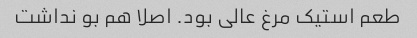
طعم استیک مرغ عالی بود. اصلا هم بو نداشت